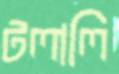
টলালি